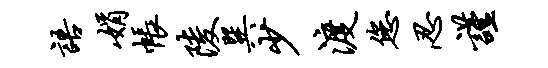
语娟帐陵巽少渡您忍谨